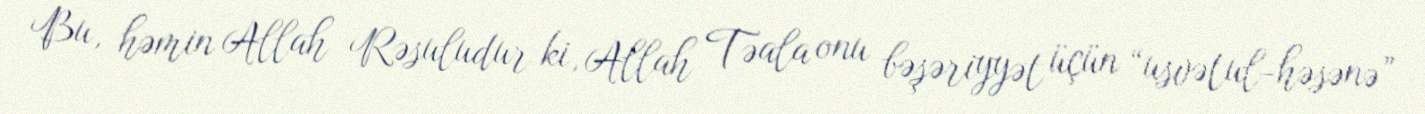
Bu, həmin Allah Rəsuludur ki, Allah Təala onu bəşəriyyət üçün “usvətul-həsənə”